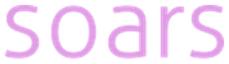
soars